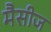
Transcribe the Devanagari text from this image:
मैसीज